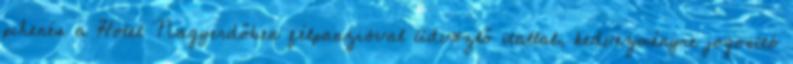
pihenés a Hotel Nagyerdőben félpanzióval üdvözlő itallal, kedvezményre jogosító